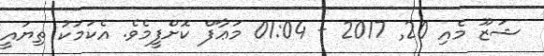
ޝަޒޫ މެއި 20